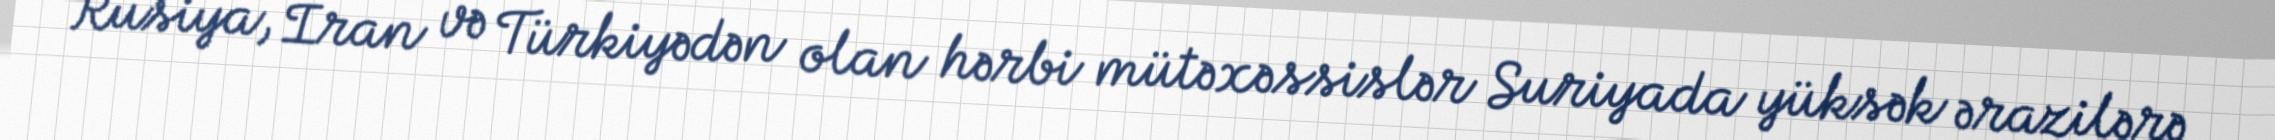
Rusiya, İran və Türkiyədən olan hərbi mütəxəssislər Suriyada yüksək ərazilərə